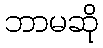
ဘာမဆို